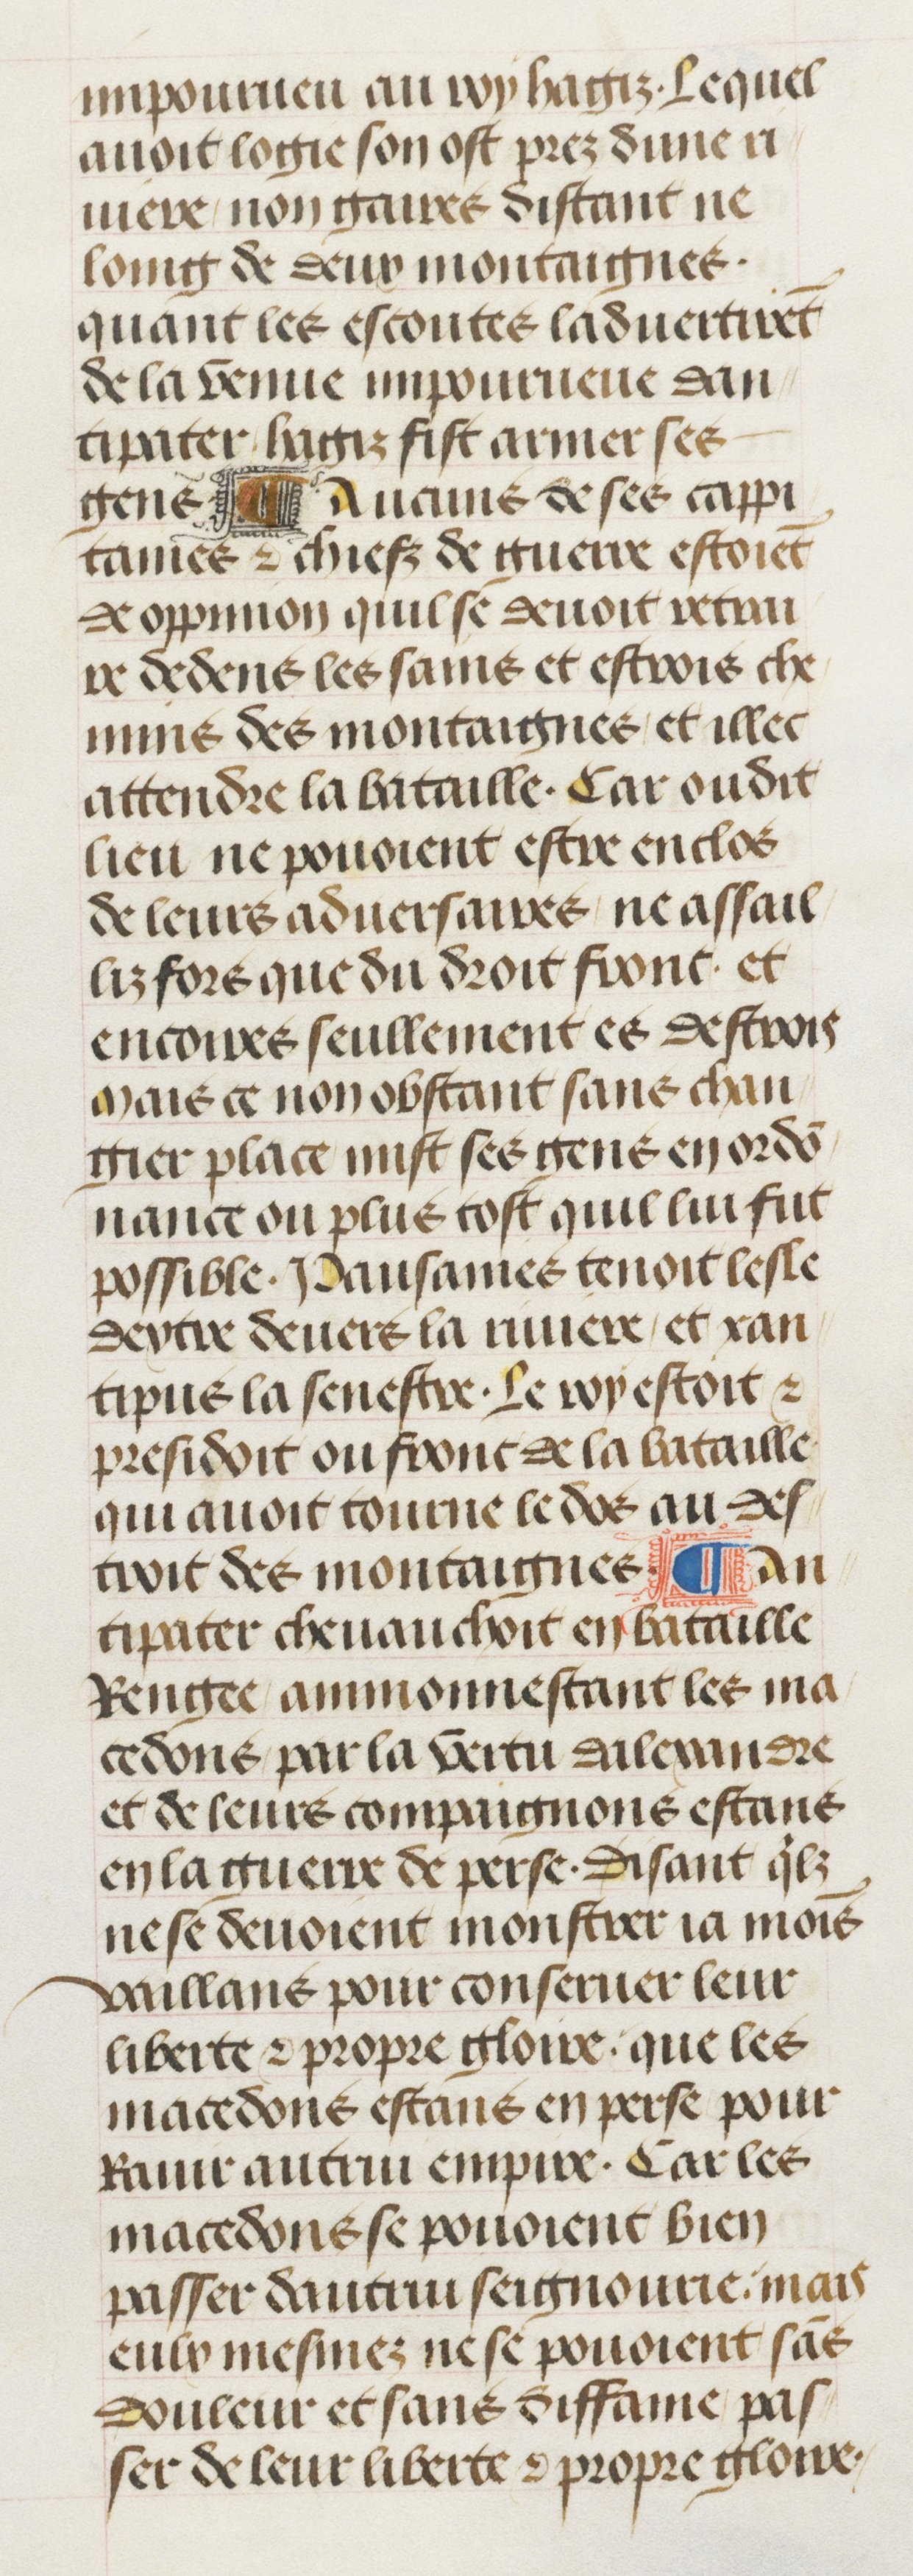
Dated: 1470–1499